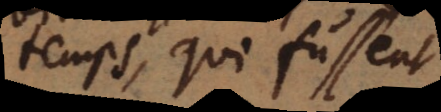
temps, qui fussent